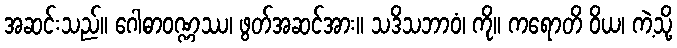
အဆင်းသည်။ ဂေါဓာဝဏ္ဏဿ၊ ဖွတ်အဆင်အား။ သဒိသဘာဝံ၊ ကို။ ကရောတိ ဝိယ၊ ကဲ့သို့